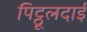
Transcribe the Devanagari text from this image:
पिट्ठूलदाई